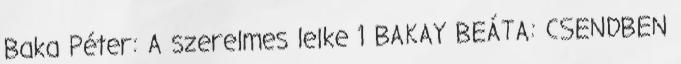
Baka Péter: A szerelmes lelke 1 BAKAY BEÁTA: CSENDBEN